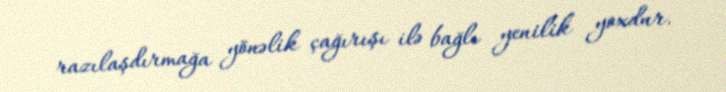
razılaşdırmağa yönəlik çağırışı ilə bağlı yenilik yoxdur.